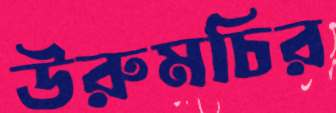
উরুমচির